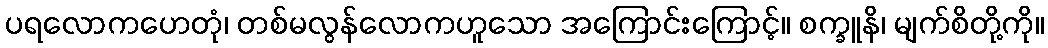
ပရလောကဟေတုံ၊ တစ်မလွန်လောကဟူသော အကြောင်းကြောင့်။ စက္ခူနိ၊ မျက်စိတို့ကို။